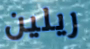
ريلين